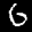
Label: 6